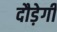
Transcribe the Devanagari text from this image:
दौड़ेगी